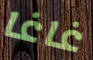
غاغا